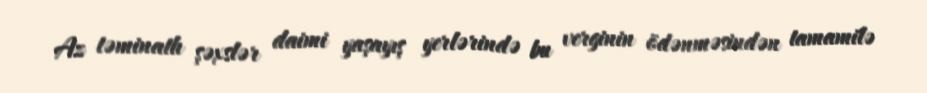
Az təminatlı şəxslər daimi yaşayış yerlərində bu verginin ödənməsindən tamamilə